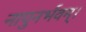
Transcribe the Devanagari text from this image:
नापुनर्भवम्।